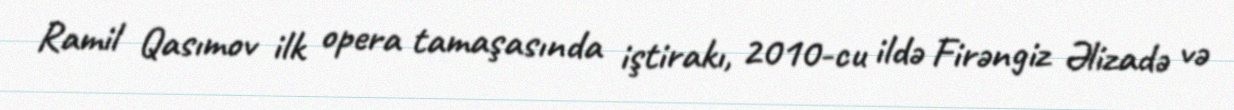
Ramil Qasımov ilk opera tamaşasında iştirakı, 2010-cu ildə Firəngiz Əlizadə və